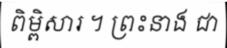
ពិម្ពិសារ ។ ព្រះនាង ជា